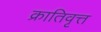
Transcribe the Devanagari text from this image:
क्रातिवृत्त